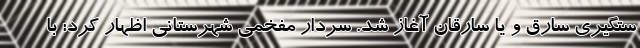
ستگیری سارق و یا سارقان آغاز شد. سردار مفخمی شهرستانی اظهار کرد: با